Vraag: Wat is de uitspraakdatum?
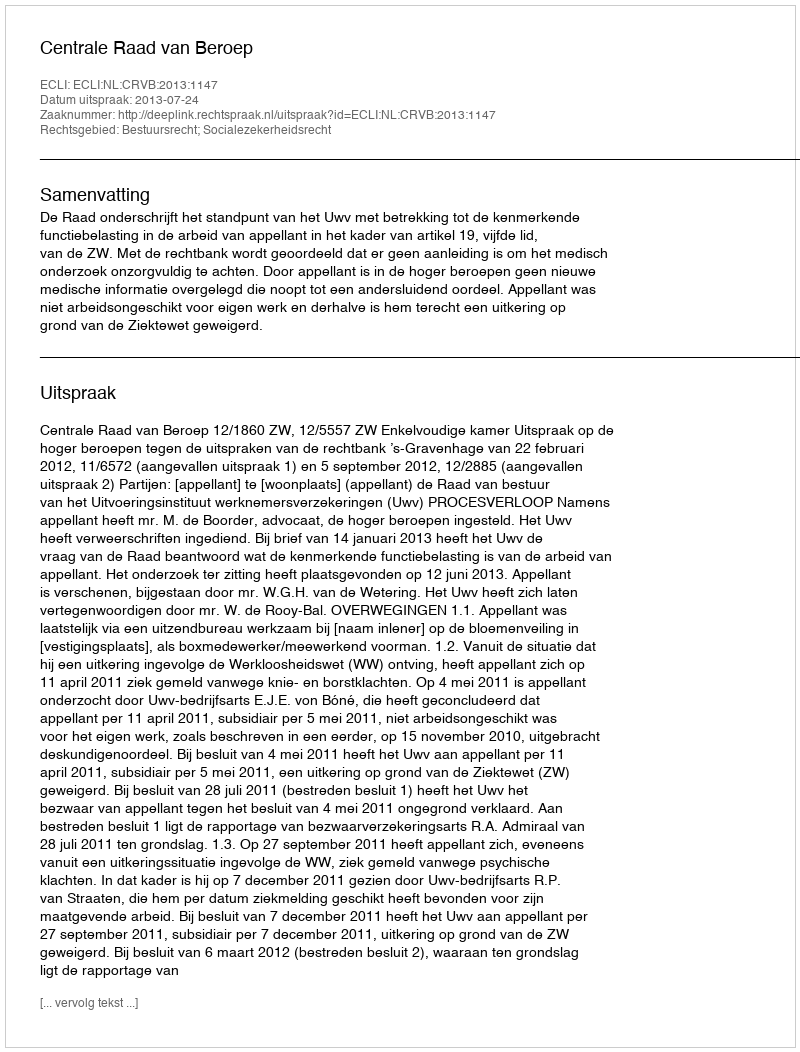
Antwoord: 2013-07-24